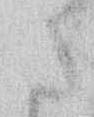
さ